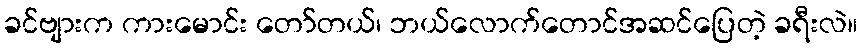
ခင်ဗျားက ကားမောင်း တော်တယ်၊ ဘယ်လောက်တောင်အဆင်ပြေတဲ့ ခရီးလဲ။